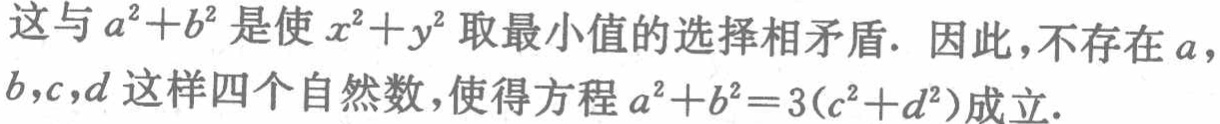
这与\(a^{2}+b^{2}\)是使\(x^{2}+y^{2}\)取最小值的选择相矛盾. 因此，不存在\(a\)，\(b\)，\(c\)，\(d\)这样四个自然数，使得方程\(a^{2}+b^{2}=3(c^{2}+d^{2})\)成立.